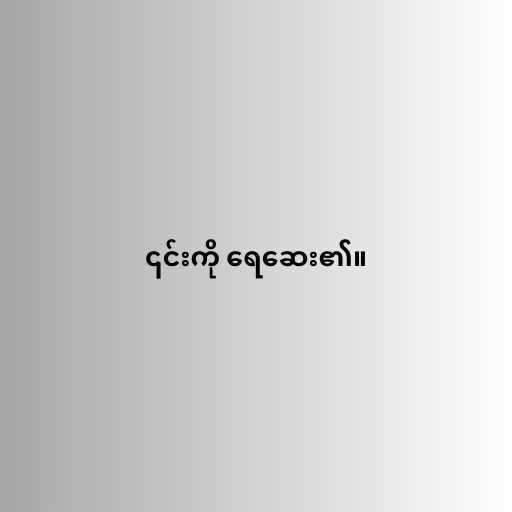
၎င်းကို ရေဆေး၏။